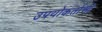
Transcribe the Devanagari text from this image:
उपयोकर्ताओं